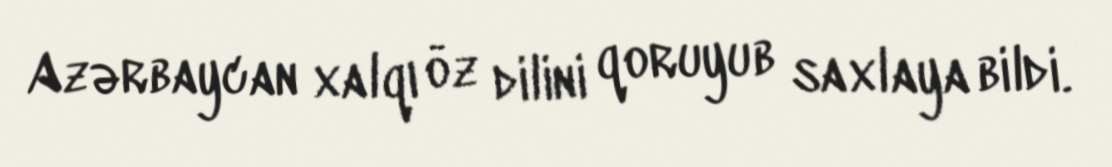
Azərbaycan xalqı öz dilini qoruyub saxlaya bildi.